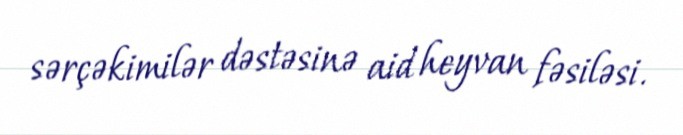
sərçəkimilər dəstəsinə aid heyvan fəsiləsi.